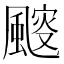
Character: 䬒